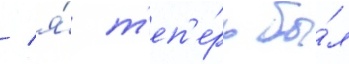
/ я́ т'еп'е́рь бы́л